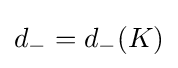
d_{-}=d_{-}(K)